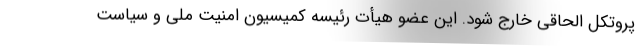
پروتکل الحاقی خارج شود. این عضو هیأت رئیسه کمیسیون امنیت ملی و سیاست